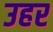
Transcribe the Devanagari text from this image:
उहर